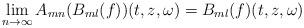
LaTeX: \begin{align*} \lim_{n \to \infty} A_{mn}(B_{ml}(f))(t,z,\omega) = B_{ml}(f)(t,z,\omega)\end{align*}